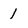
Character: 1